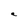
Character: a